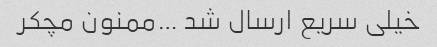
خیلی سریع ارسال شد …ممنون مچکر